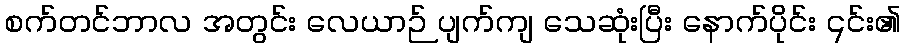
စက်တင်ဘာလ အတွင်း လေယာဉ် ပျက်ကျ သေဆုံးပြီး နောက်ပိုင်း ၎င်း၏